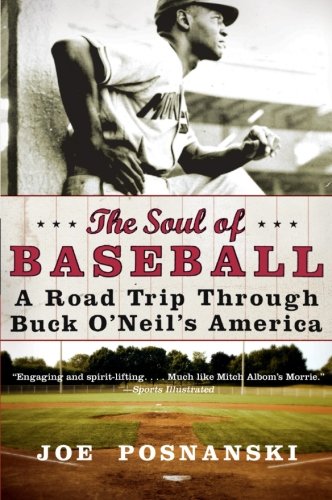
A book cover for The Soul of Baseball: A Road Trip Through Buck O'Neil's America; Joe Posnanski; Biographies & Memoirs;